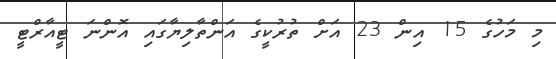
މި މަހުގެ 15 އިން 23 އަށް ތުރުކީގެ އަންތާލިޔާގައި އޮންނަ ޓީއާރްޓީ